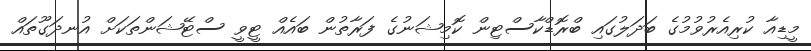
މީޑިއާ ކުރިއެރުވުމުގެ ބަދަލުގައި ބްރޮޑްކާސްޓިން ކޮމިޝަނުގެ ފަރާތުން ބައެއް ޓީވީ ސްޓޭޝަންތަކަށް އުނދަގޫތައް